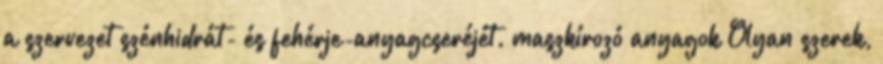
a szervezet szénhidrát- és fehérje-anyagcseréjét. maszkírozó anyagok Olyan szerek,